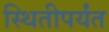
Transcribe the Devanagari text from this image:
स्थितीपर्यंत